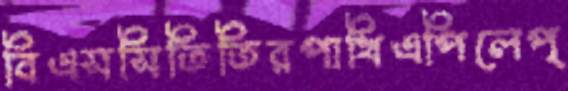
বিএসসিতিতিরপাখিএপিলেপ্